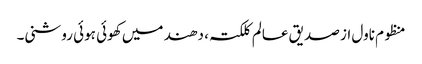
منظوم ناول از صدیق عالم کلکتہ ، دھند میں کھوئی ہوئی روشنی۔